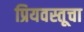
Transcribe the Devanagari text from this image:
प्रियवस्तूचा